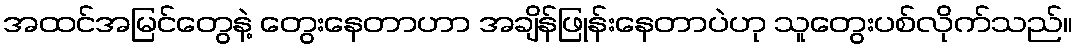
အထင်အမြင်တွေနဲ့ တွေးနေတာဟာ အချိန်ဖြုန်းနေတာပဲဟု သူတွေးပစ်လိုက်သည်။